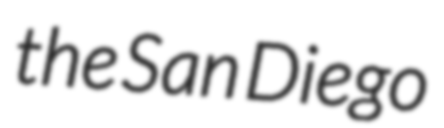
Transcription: the San Diego